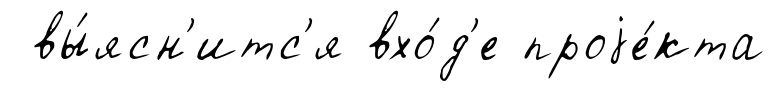
вы́ясн'итс'я вхо́д'е проjе́кта